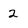
Character: 2